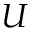
U